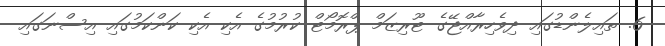
6. ތައިލެންޑުގައި ދިވެހިރާއްޖޭގެ ޓޫރިޒަމް ޕްރޮމޯޓް ކުރުމުގެ އެކި އެކި ކަންކަމުގައި އިސްނަގައި